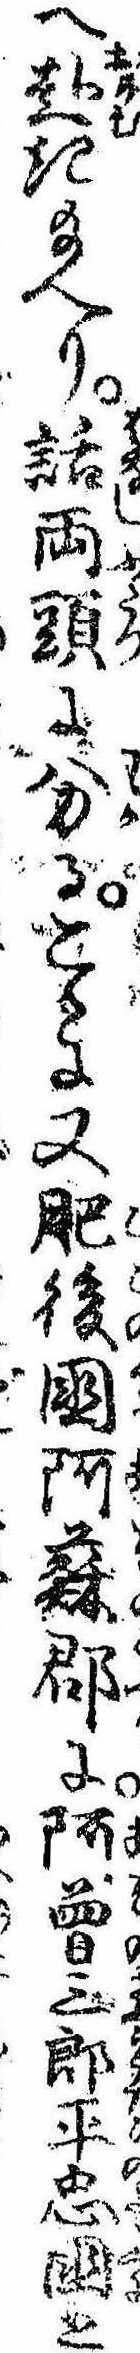
へ赴き給へり話両頭に分るこゝに又肥後国阿蘇郡に阿曽三郎平忠国と